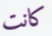
كانت